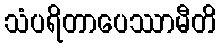
သံပရိတာပေဿာမီတိ